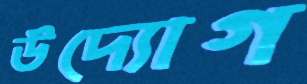
ঊদ্যোগ